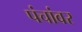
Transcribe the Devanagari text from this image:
पंचांवर